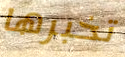
تخبرها